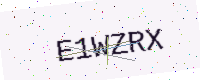
Text: E1WZRX